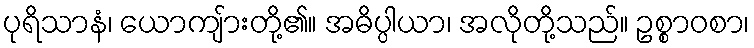
ပုရိသာနံ၊ ယောကျ်ားတို့၏။ အဓိပ္ပါယာ၊ အလိုတို့သည်။ ဥစ္စာဝစာ၊